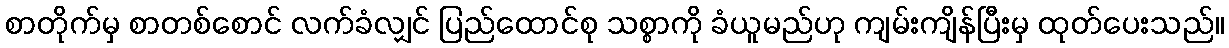
စာတိုက်မှ စာတစ်စောင် လက်ခံလျှင် ပြည်ထောင်စု သစ္စာကို ခံယူမည်ဟု ကျမ်းကျိန်ပြီးမှ ထုတ်ပေးသည်။